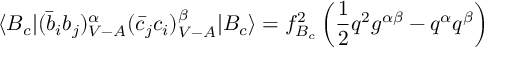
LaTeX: \langle B _ { c } | ( \bar { b } _ { i } b _ { j } ) _ { V - A } ^ { \alpha } ( \bar { c } _ { j } c _ { i } ) _ { V - A } ^ { \beta } | B _ { c } \rangle = f _ { B _ { c } } ^ { 2 } \left( \frac { 1 } { 2 } q ^ { 2 } g ^ { \alpha \beta } - q ^ { \alpha } q ^ { \beta } \right)